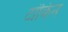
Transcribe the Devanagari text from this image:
टांकिन